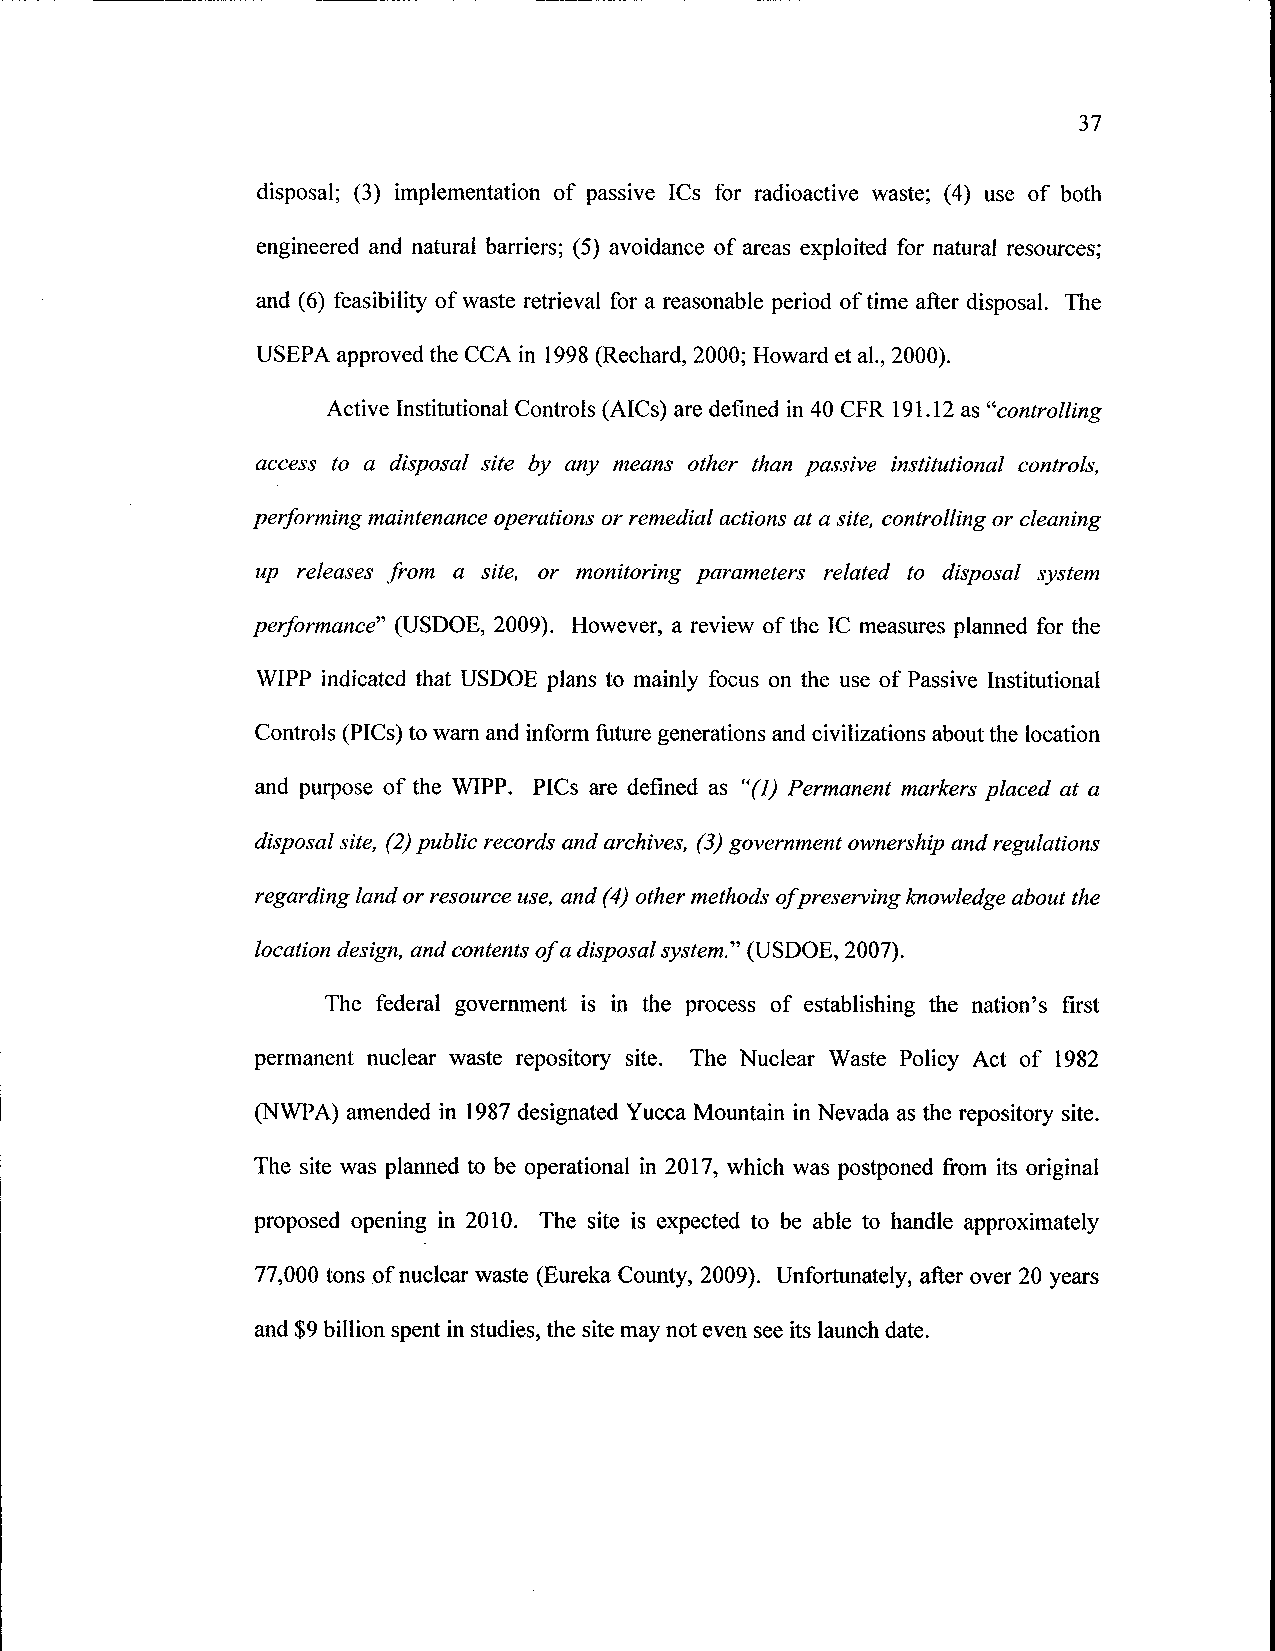
37
 disposal; (3) implementation of passive ICs for radioactive waste; (4) use of both
 engineered and natural barriers; (5) avoidance of areas exploited for natural resources;
 and (6) feasibility of waste retrieval for a reasonable period of time after disposal. The
 USEPA approved the CCA in 1998 (Rechard, 2000; Howard et al., 2000).
 Active Institutional Controls (AICs) are defined in 40 CFR 191.12 as "controlling
 access to a disposal site by any means other than passive institutional controls,
 performing maintenance operations or remedial actions at a site, controlling or cleaning
 up releases from a site, or monitoring parameters related to disposal system
 performance" (USDOE, 2009). However, a review of the IC measures planned for the
 WIPP indicated that USDOE plans to mainly focus on the use of Passive Institutional
 Controls (PICs) to warn and inform future generations and civilizations about the location
 and purpose of the WIPP. PICs are defined as "(1) Permanent markers placed at a
 disposal site, (2) public records and archives, (3) government ownership and regulations
 regarding land or resource use, and (4) other methods of preserving knowledge about the
 location design, and contents of a disposal system." (USDOE, 2007).
 The federal government is in the process of establishing the nation's first
 permanent nuclear waste repository site. The Nuclear Waste Policy Act of 1982
 (NWPA) amended in 1987 designated Yucca Mountain in Nevada as the repository site.
 The site was planned to be operational in 2017, which was postponed from its original
 proposed opening in 2010. The site is expected to be able to handle approximately
 77,000 tons of nuclear waste (Eureka County, 2009). Unfortunately, after over 20 years
 and $9 billion spent in studies, the site may not even see its launch date.